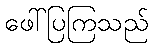
ဖေါ်ပြကြသည်